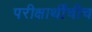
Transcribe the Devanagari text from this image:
परीक्षार्थींचीच